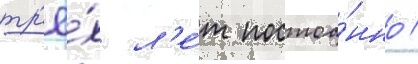
тр'ё́х л'е́т постоа́нно /